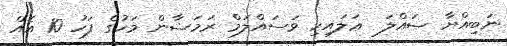
ނަބިއްޔާ ޞައްލަ  ޢަލައިހި ވަސައްލަމް ރަމަޟާން މަހުގެ ފަހު 10 އެއް